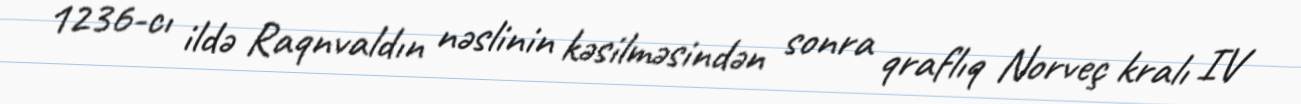
1236-cı ildə Raqnvaldın nəslinin kəsilməsindən sonra qraflıq Norveç kralı IV